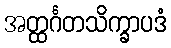
အတ္ထင်္ဂတသိက္ခာပဒံ